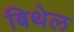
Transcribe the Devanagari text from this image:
बिथेल